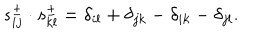
s _ { i j } ^ { \pm } \cdot s _ { k l } ^ { \pm } = \delta _ { i l } + \delta _ { j k } - \delta _ { i k } - \delta _ { j l } .